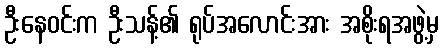
ဦးနေဝင်းက ဦးသန့်၏ ရုပ်အလောင်းအား အစိုးရအဖွဲ့မှ